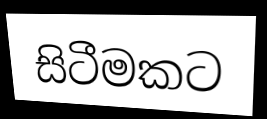
සිටීමකට